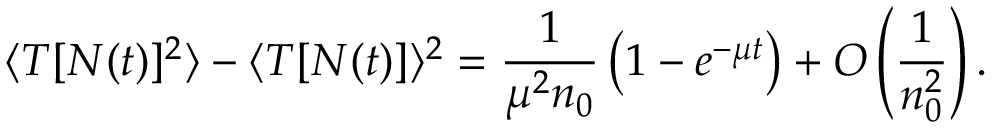
\langle T [ N ( t ) ] ^ { 2 } \rangle - \langle T [ N ( t ) ] \rangle ^ { 2 } = \frac { 1 } { \mu ^ { 2 } n _ { 0 } } \left( 1 - e ^ { - \mu t } \right) + O \left( \frac { 1 } { n _ { 0 } ^ { 2 } } \right) .